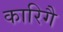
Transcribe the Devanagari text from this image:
कारिगै